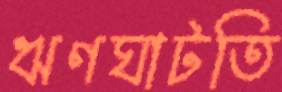
ঋণঘাটতি